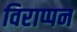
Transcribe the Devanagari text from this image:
विराप्पन